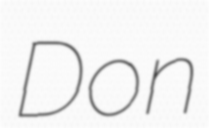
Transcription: Don